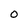
Character: 0